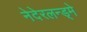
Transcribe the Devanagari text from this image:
नेदेरलन्ड्मे